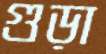
গুড়া